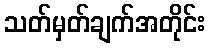
သတ်မှတ်ချက်အတိုင်း